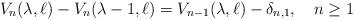
LaTeX: \begin{align*}V_n(\lambda,\ell)-V_n(\lambda-1,\ell)=V_{n-1}(\lambda,\ell)-\delta_{n,1},\ \ \ n\ge 1\end{align*}